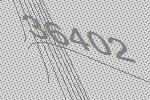
36402